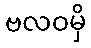
ဗလဝမှိ